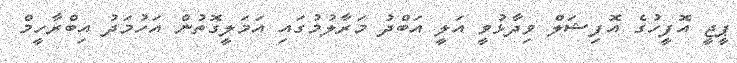
ޕީޖީ އޮފީހުގެ އޮފިޝަލް ވިދާޅުވީ އަލީ އަބްދު މަރާލުމުގައި އަމަލީގޮތުން އަހުމަދު އިބްރާހީމް